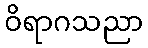
ဝိရာဂသညာ